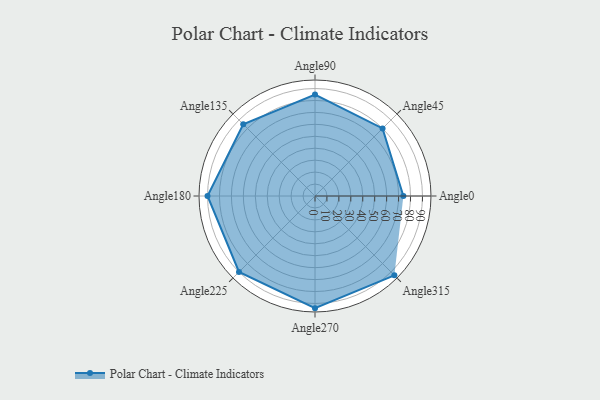
{"axis": {"x": "Angle", "y": "Radius"}, "legend": [""], "data": [{"x": "Angle0", "y": 74.0, "type": ""}, {"x": "Angle45", "y": 80.0, "type": ""}, {"x": "Angle90", "y": 85.0, "type": ""}, {"x": "Angle135", "y": 85.0, "type": ""}, {"x": "Angle180", "y": 90.0, "type": ""}, {"x": "Angle225", "y": 90.0, "type": ""}, {"x": "Angle270", "y": 94.0, "type": ""}, {"x": "Angle315", "y": 94.0, "type": ""}]}